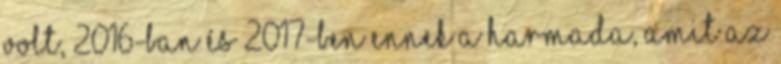
volt, 2016-ban és 2017-ben ennek a harmada, amit az